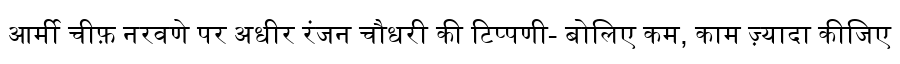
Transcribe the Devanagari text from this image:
आर्मी चीफ़ नरवणे पर अधीर रंजन चौधरी की टिप्पणी- बोलिए कम, काम ज़्यादा कीजिए